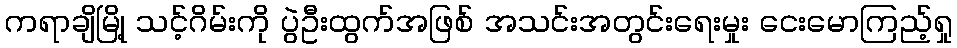
ကရာချိမြို့ သင့်ဂိမ်းကို ပွဲဦးထွက်အဖြစ် အသင်းအတွင်းရေးမှုး ငေးမောကြည့်ရှု